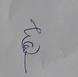
Signature authenticity: genuine